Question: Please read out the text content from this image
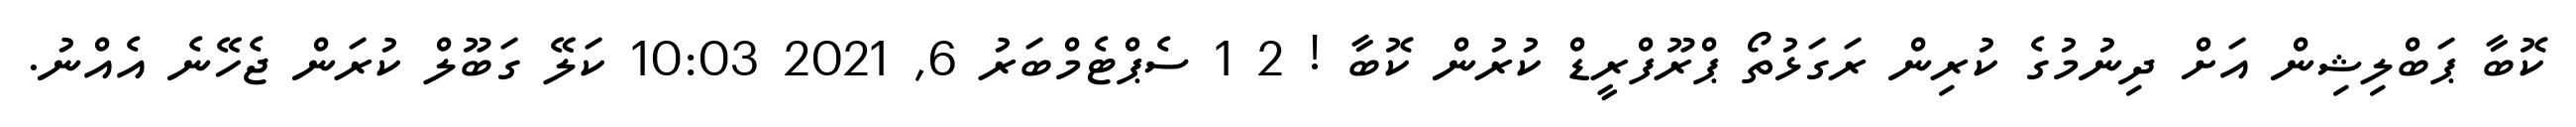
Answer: ކޮބާ ޕަބްލިޝިން އަށް ދިނުމުގެ ކުރިން ރަގަޅުތޯ ޕްރޫފްރީޑް ކުރުން ކޮބާ ! 2 1 ސެޕްޓެމްބަރު 6, 2021 10:03 ކަލޭ ގަބޫލް ކުރަން ޖެހޭނެ އެއްނު.